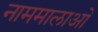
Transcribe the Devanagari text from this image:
नाममालाओं